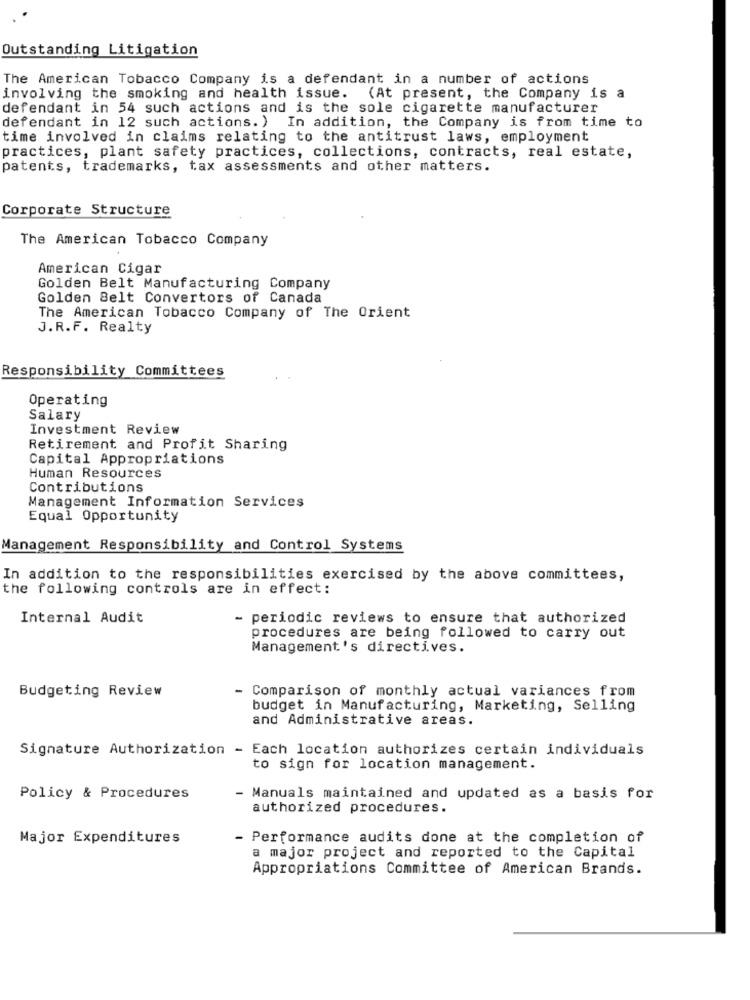
Outstanding Litigation
The American Tobacco Company is a defendant in a number of actions
involving the smoking and health issue. (At present, the Company is a
defendant in 54 such actions and is the sole cigarette manufacturer
defendant in 12 such actions. ) In addition, the Company is from time to
time involved in claims relating to the antitrust laws, employment
practices, plant safety practices, collections, contracts, real estate,
patents, trademarks, tax assessments and other matters.
Corporate Structure
The American Tobacco Company
American Cigar
Golden Belt Manufacturing Company
Golden Belt Convertors of Canada
The American Tobacco Company of The Orient
J.R.F. Realty
Responsibility Committees
Operating
Salary
Investment Review
Retirement and Profit Sharing
Capital Appropriations
Human Resources
Contributions
Management Information Services
Equal Opportunity
Management Responsibility and Control Systems
In addition to the responsibilities exercised by the above committees,
the following controls are in effect:
Internal Audit
- periodic reviews to ensure that authorized
procedures are being followed to carry out
Management's directives.
Budgeting Review
- Comparison of monthly actual variances from
budget in Manufacturing, Marketing, Selling
and Administrative areas.
Signature Authorization - Each location authorizes certain individuals
to sign for location management.
Policy & Procedures
- Manuals maintained and updated as a basis for
authorized procedures.
Major Expenditures
- Performance audits done at the completion of
a major project and reported to the Capital
Appropriations Committee of American Brands.